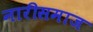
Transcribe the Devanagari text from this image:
नारीसमाज